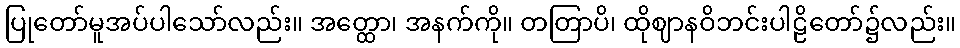
ပြုတော်မူအပ်ပါသော်လည်း။ အတ္ထော၊ အနက်ကို။ တတြာပိ၊ ထိုဈာနဝိဘင်းပါဠိတော်၌လည်း။